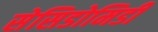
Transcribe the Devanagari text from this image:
सेसिडोमिडी